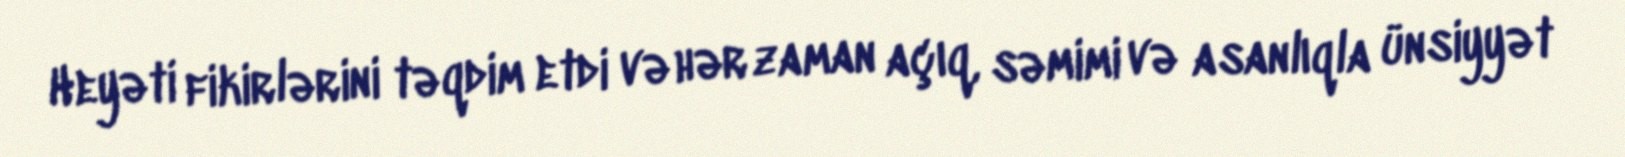
Heyəti fikirlərini təqdim etdi və hər zaman açıq, səmimi və asanlıqla ünsiyyət